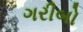
ગરીબો